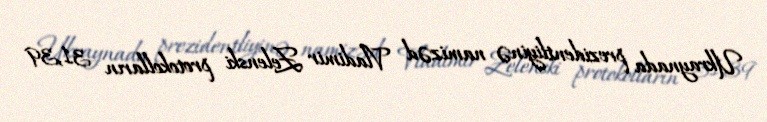
Ukraynada prezidentliyinə namizəd Vladimir Zelenski protokolların 31,39